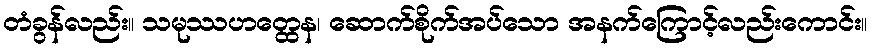
တံခွန်လည်း။ သမုဿဟတ္ထေန၊ ဆောက်စိုက်အပ်သော အနက်ကြောင့်လည်းကောင်း။